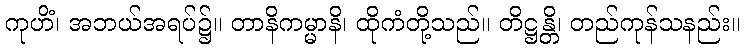
ကုဟိံ၊ အဘယ်အရပ်၌။ တာနိကမ္မာနိ၊ ထိုကံတို့သည်။ တိဋ္ဌန္တိ၊ တည်ကုန်သနည်း။